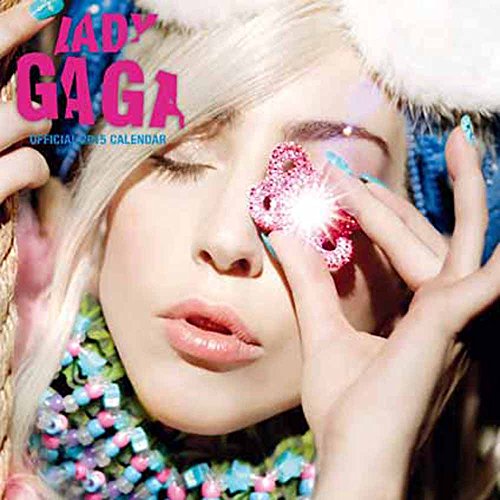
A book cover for Official Lady Gaga Calendar 2015; Calendars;